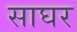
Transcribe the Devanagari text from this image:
साघर